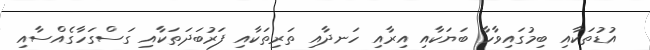
އުޑުތަކާއި ބިމުގައިވާހާ ބަޔަކާއި އިރާއި ހަނދާއި ތަރިތަކާއި ފަރުބަދަތަކާއި ގަސްގަހާގެއްސާއި